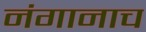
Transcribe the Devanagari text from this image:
नंगानाच